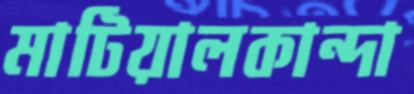
মাটিয়ালকান্দা